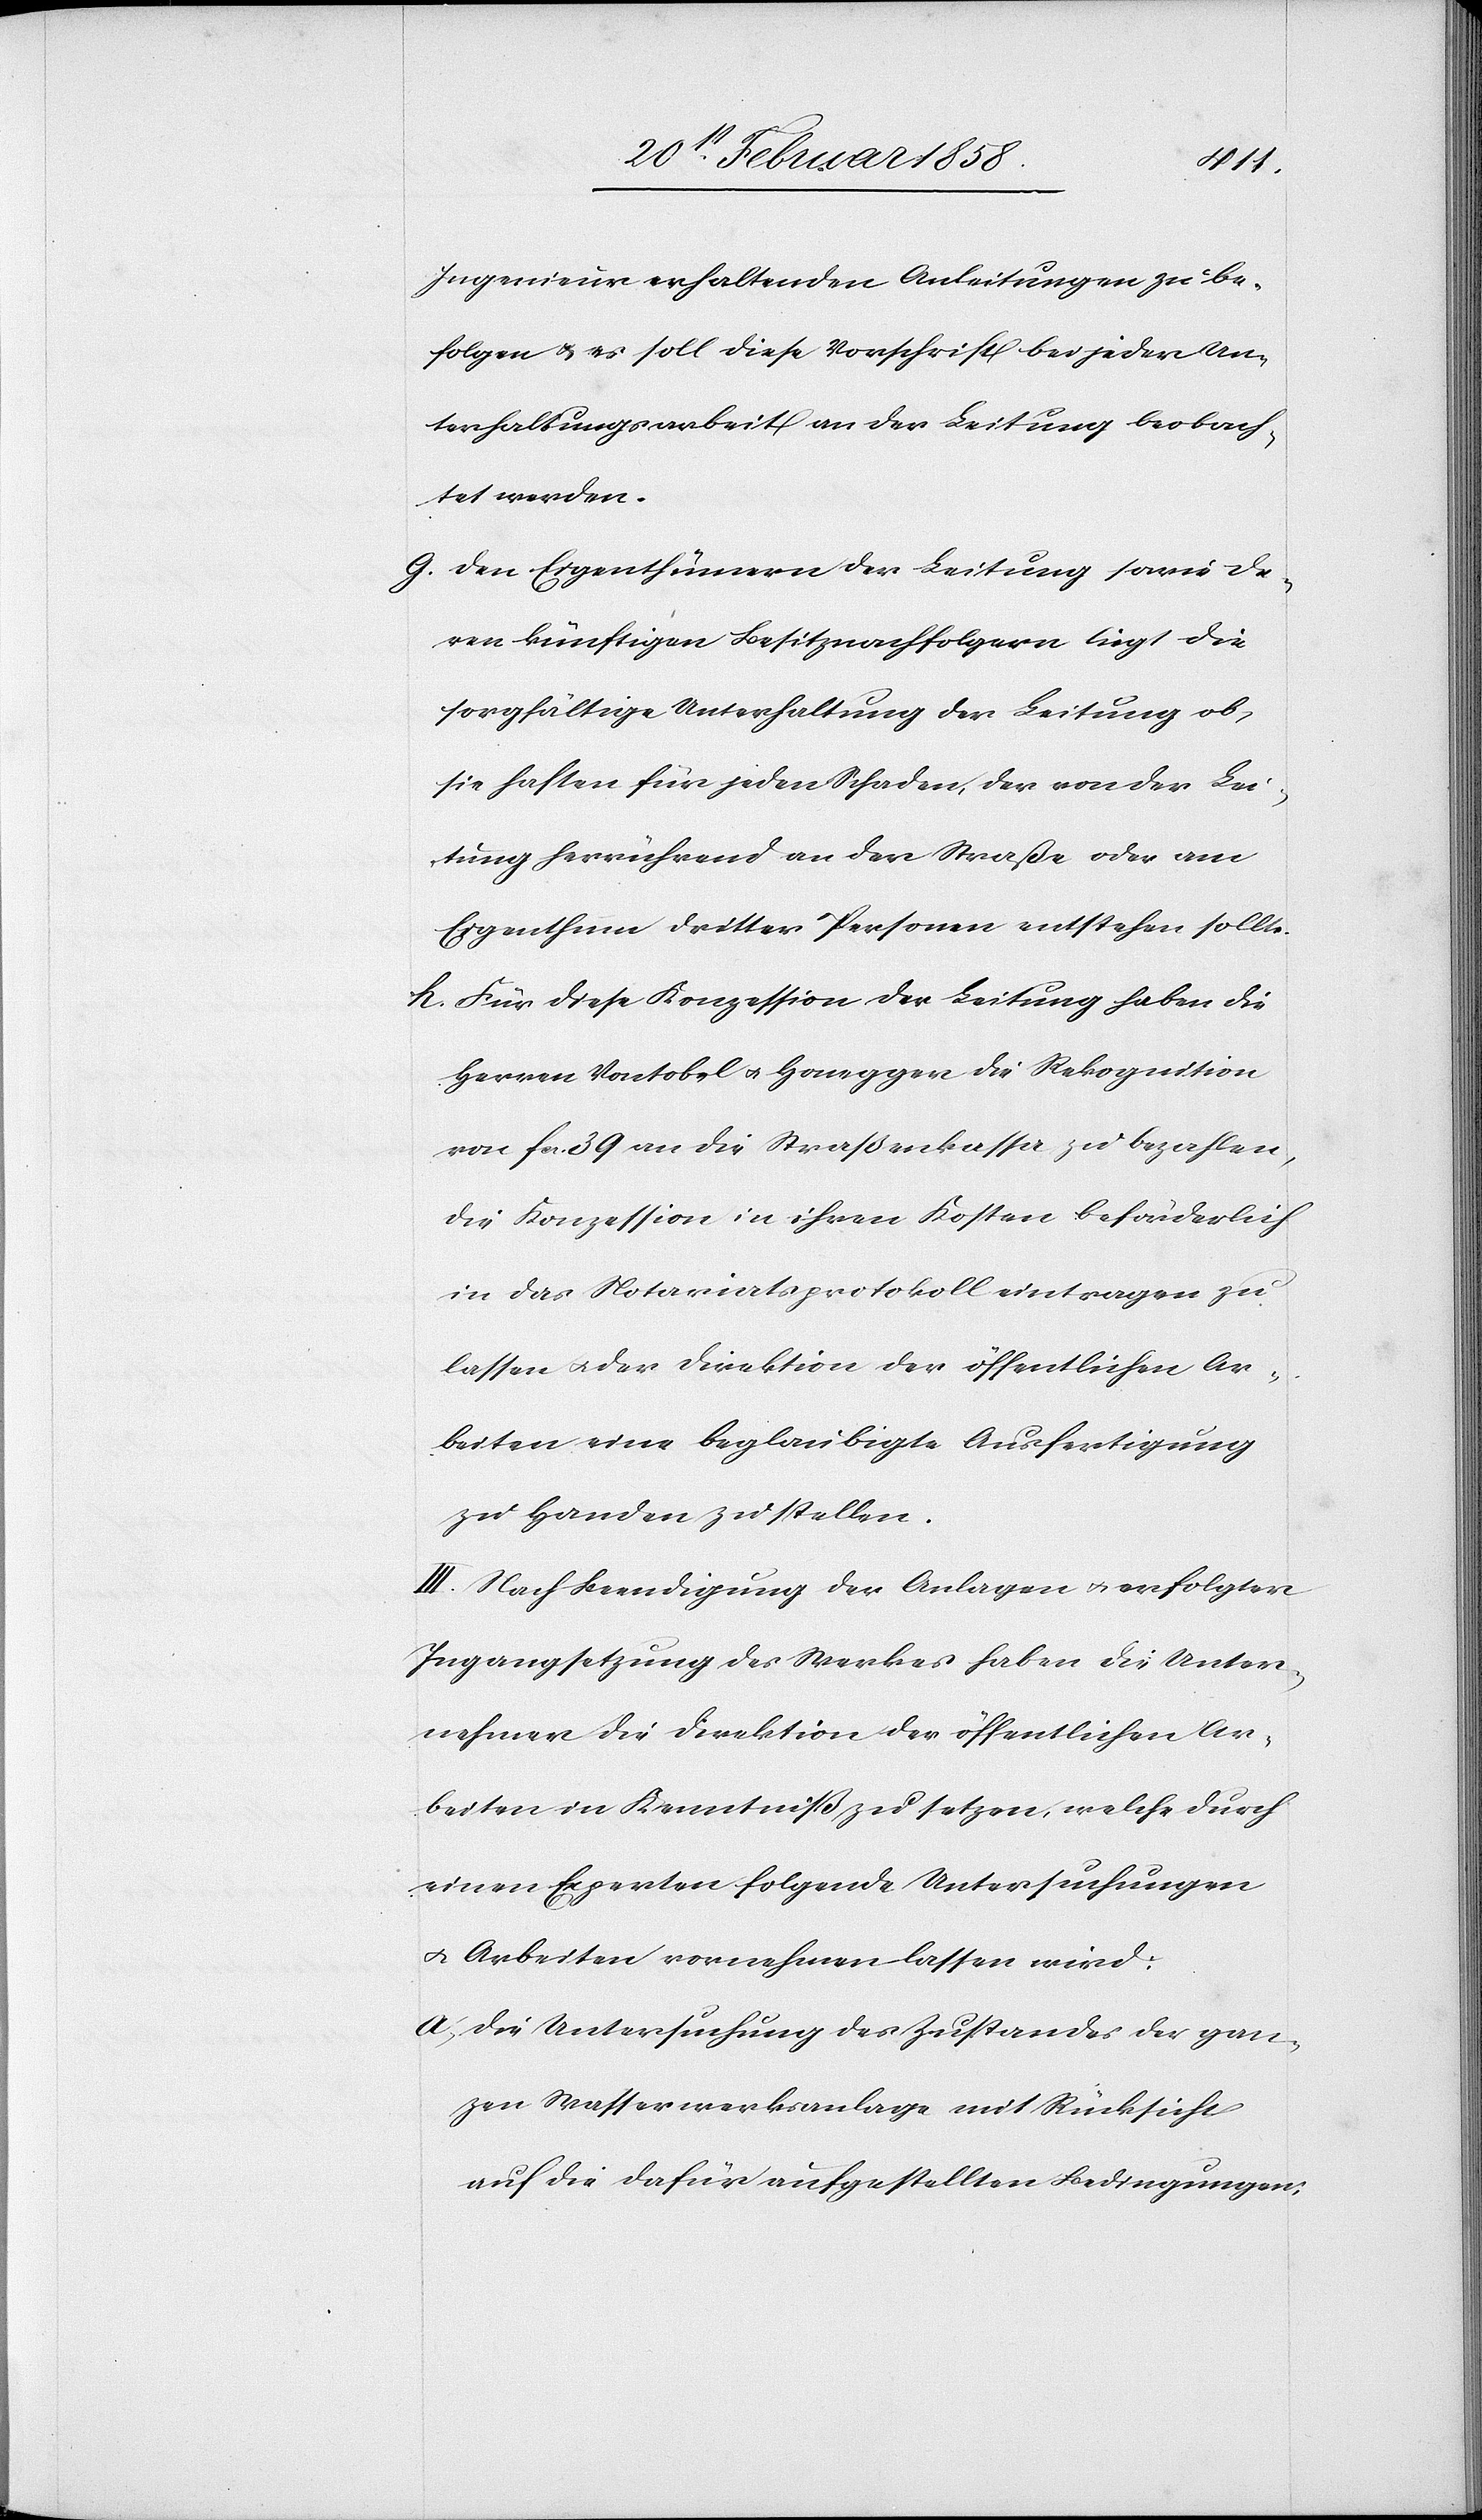
Ingenieur erhaltenden Anleitungen zu be¬
folgen u. es soll diese Vorschrift bei jeder Un¬
terhaltungsarbeit an der Leitung beobach¬
tet werden.
g. Den Eigenthümern der Leitung sowie de¬
ren künftigen Besitznachfolgern liegt die
sorgfältige Unterhaltung der Leitung ob,
sie haften für jeden Schaden, der von der Lei¬
tung herrührend an der Straße oder am
Eigenthum dritter Personen entstehen sollte.
h. Für diese Konzession der Leitung haben die
Herren Vontobel u. Honegger die Rekognition
von fcs. 39 an die Straßenkassa zu bezahlen,
die Konzession in ihren Kosten beförderlich
in das Notariatsprotokoll eintragen zu
lassen u. der Direktion der öffentlichen Ar¬
beiten eine beglaubigte Ausfertigung
zu Handen zu stellen.
III. Nach Beendigung der Anlagen u. erfolgter
Ingangsetzung des Werkes haben die Unter¬
nehmer die Direktion der öffentlichen Ar¬
beiten in Kenntniß zu setzen, welche durch
einen Experten folgende Untersuchungen
u. Arbeiten vornehmen lassen wird:
a. Die Untersuchung des Zustandes der gan¬
zen Wasserwerksanlage mit Rücksicht
auf die dafür aufgestellten Bedingungen: